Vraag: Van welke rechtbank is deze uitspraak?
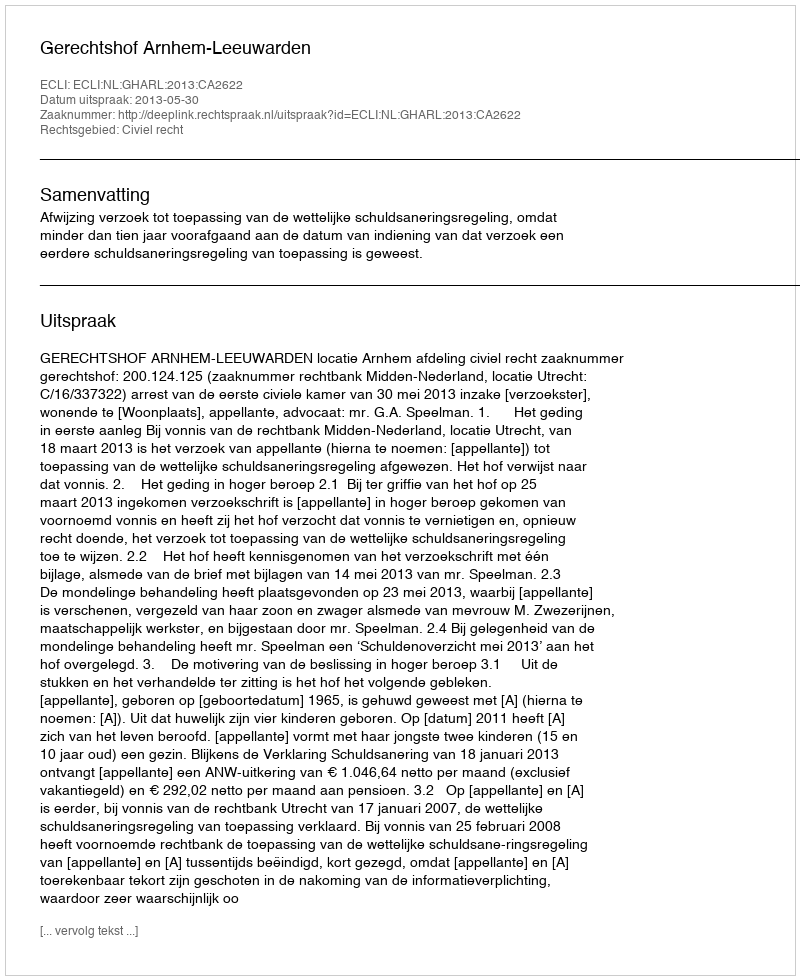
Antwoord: Gerechtshof Arnhem-Leeuwarden